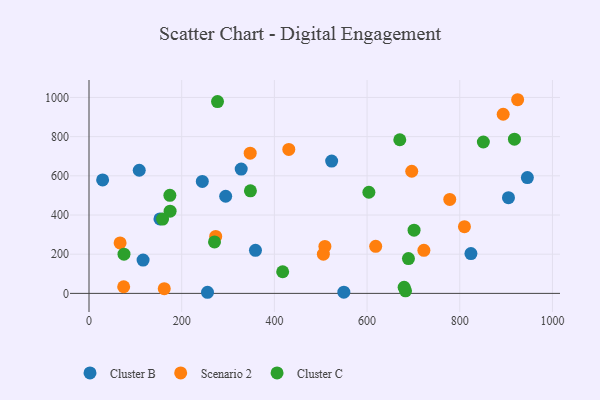
{"axis": {"x": "Experience", "y": "Sales"}, "legend": ["Cluster B", "Cluster C", "Scenario 2"], "data": [{"x": "523.6", "y": 675.2, "type": "Cluster B"}, {"x": "116.7", "y": 169.8, "type": "Cluster B"}, {"x": "29.4", "y": 579.2, "type": "Cluster B"}, {"x": "824.1", "y": 203.3, "type": "Cluster B"}, {"x": "549.9", "y": 6.3, "type": "Cluster B"}, {"x": "255.7", "y": 5.7, "type": "Cluster B"}, {"x": "905.1", "y": 488.3, "type": "Cluster B"}, {"x": "244.5", "y": 571.6, "type": "Cluster B"}, {"x": "294.9", "y": 495.7, "type": "Cluster B"}, {"x": "359.2", "y": 219.7, "type": "Cluster B"}, {"x": "945.9", "y": 590.9, "type": "Cluster B"}, {"x": "108.4", "y": 628.4, "type": "Cluster B"}, {"x": "328.4", "y": 634.6, "type": "Cluster B"}, {"x": "153.1", "y": 379.8, "type": "Cluster B"}, {"x": "810.1", "y": 340.7, "type": "Scenario 2"}, {"x": "431.1", "y": 734.9, "type": "Scenario 2"}, {"x": "509.0", "y": 239.7, "type": "Scenario 2"}, {"x": "347.8", "y": 715.6, "type": "Scenario 2"}, {"x": "893.7", "y": 914.3, "type": "Scenario 2"}, {"x": "924.9", "y": 988.4, "type": "Scenario 2"}, {"x": "618.6", "y": 240.2, "type": "Scenario 2"}, {"x": "273.4", "y": 290.6, "type": "Scenario 2"}, {"x": "778.4", "y": 479.4, "type": "Scenario 2"}, {"x": "74.8", "y": 34.0, "type": "Scenario 2"}, {"x": "162.4", "y": 24.1, "type": "Scenario 2"}, {"x": "67.1", "y": 257.5, "type": "Scenario 2"}, {"x": "696.4", "y": 623.4, "type": "Scenario 2"}, {"x": "505.7", "y": 200.4, "type": "Scenario 2"}, {"x": "722.6", "y": 219.8, "type": "Scenario 2"}, {"x": "348.3", "y": 523.3, "type": "Cluster C"}, {"x": "701.4", "y": 322.7, "type": "Cluster C"}, {"x": "270.8", "y": 262.6, "type": "Cluster C"}, {"x": "683.0", "y": 12.9, "type": "Cluster C"}, {"x": "670.6", "y": 784.1, "type": "Cluster C"}, {"x": "689.3", "y": 177.5, "type": "Cluster C"}, {"x": "175.0", "y": 419.5, "type": "Cluster C"}, {"x": "174.5", "y": 500.6, "type": "Cluster C"}, {"x": "417.9", "y": 110.5, "type": "Cluster C"}, {"x": "680.0", "y": 31.0, "type": "Cluster C"}, {"x": "75.5", "y": 200.0, "type": "Cluster C"}, {"x": "603.9", "y": 516.1, "type": "Cluster C"}, {"x": "918.0", "y": 787.3, "type": "Cluster C"}, {"x": "277.3", "y": 978.8, "type": "Cluster C"}, {"x": "158.7", "y": 379.1, "type": "Cluster C"}, {"x": "850.9", "y": 772.6, "type": "Cluster C"}]}